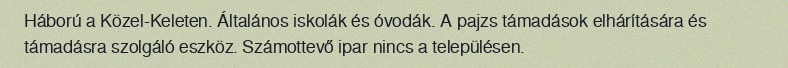
Háború a Közel-Keleten. Általános iskolák és óvodák. A pajzs támadások elhárítására és támadásra szolgáló eszköz. Számottevő ipar nincs a településen.